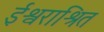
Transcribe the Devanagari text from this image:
ईश्वराश्रित